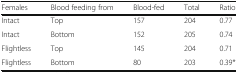
<table><thead><tr><td><b>Females</b></td><td><b>Blood feeding from</b></td><td><b>Blood-fed</b></td><td><b>Total</b></td><td><b>Ratio</b></td></tr></thead><tbody><tr><td>Intact</td><td>Top</td><td>157</td><td>204</td><td>0.77</td></tr><tr><td>Intact</td><td>Bottom</td><td>152</td><td>205</td><td>0.74</td></tr><tr><td>Flightless</td><td>Top</td><td>145</td><td>204</td><td>0.71</td></tr><tr><td>Flightless</td><td>Bottom</td><td>80</td><td>203</td><td>0.39*</td></tr></tbody></table>